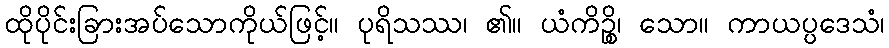
ထိုပိုင်းခြားအပ်သောကိုယ်ဖြင့်။ ပုရိသဿ၊ ၏။ ယံကိဉ္စိ၊ သော။ ကာယပ္ပဒေသံ၊